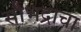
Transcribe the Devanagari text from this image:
सौभद्राचा